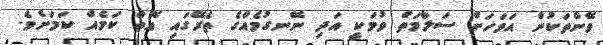
ވޭންތަކުން އަވަހަށް ސަލާމަތް ވުމަކީ އަދި ނޭނގުމެއްގެ ތެރޭގައި އޮތް ކަމެއް ކަމަށެވެ.